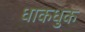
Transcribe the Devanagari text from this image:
धाकधुक